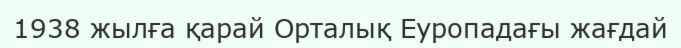
1938 жылға қарай Орталық Еуропадағы жағдай